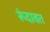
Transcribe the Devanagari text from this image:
रूंदावत